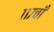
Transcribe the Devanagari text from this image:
११७वाँ